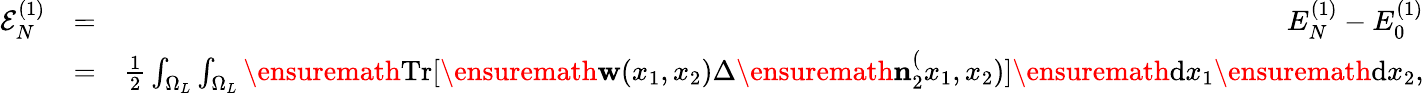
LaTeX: \begin{array}{rlr}{{\cal E}_{N}^{(1)}}&{=}&{E_{N}^{(1)}-E_{0}^{(1)}}\\ &{=}&{\frac{1}{2}\int_{\Omega_{L}}\int_{\Omega_{L}}\ensuremath{\mathrm{Tr}}[\ensuremath{\mathbf{w}}(x_{1},x_{2})\Delta\ensuremath{\mathbf{n}}_{2}^(x_{1},x_{2})]\ensuremath{\mathrm{d}}x_{1}\ensuremath{\mathrm{d}}x_{2},}\end{array}